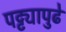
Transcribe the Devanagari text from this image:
पट्ट्यापुढे